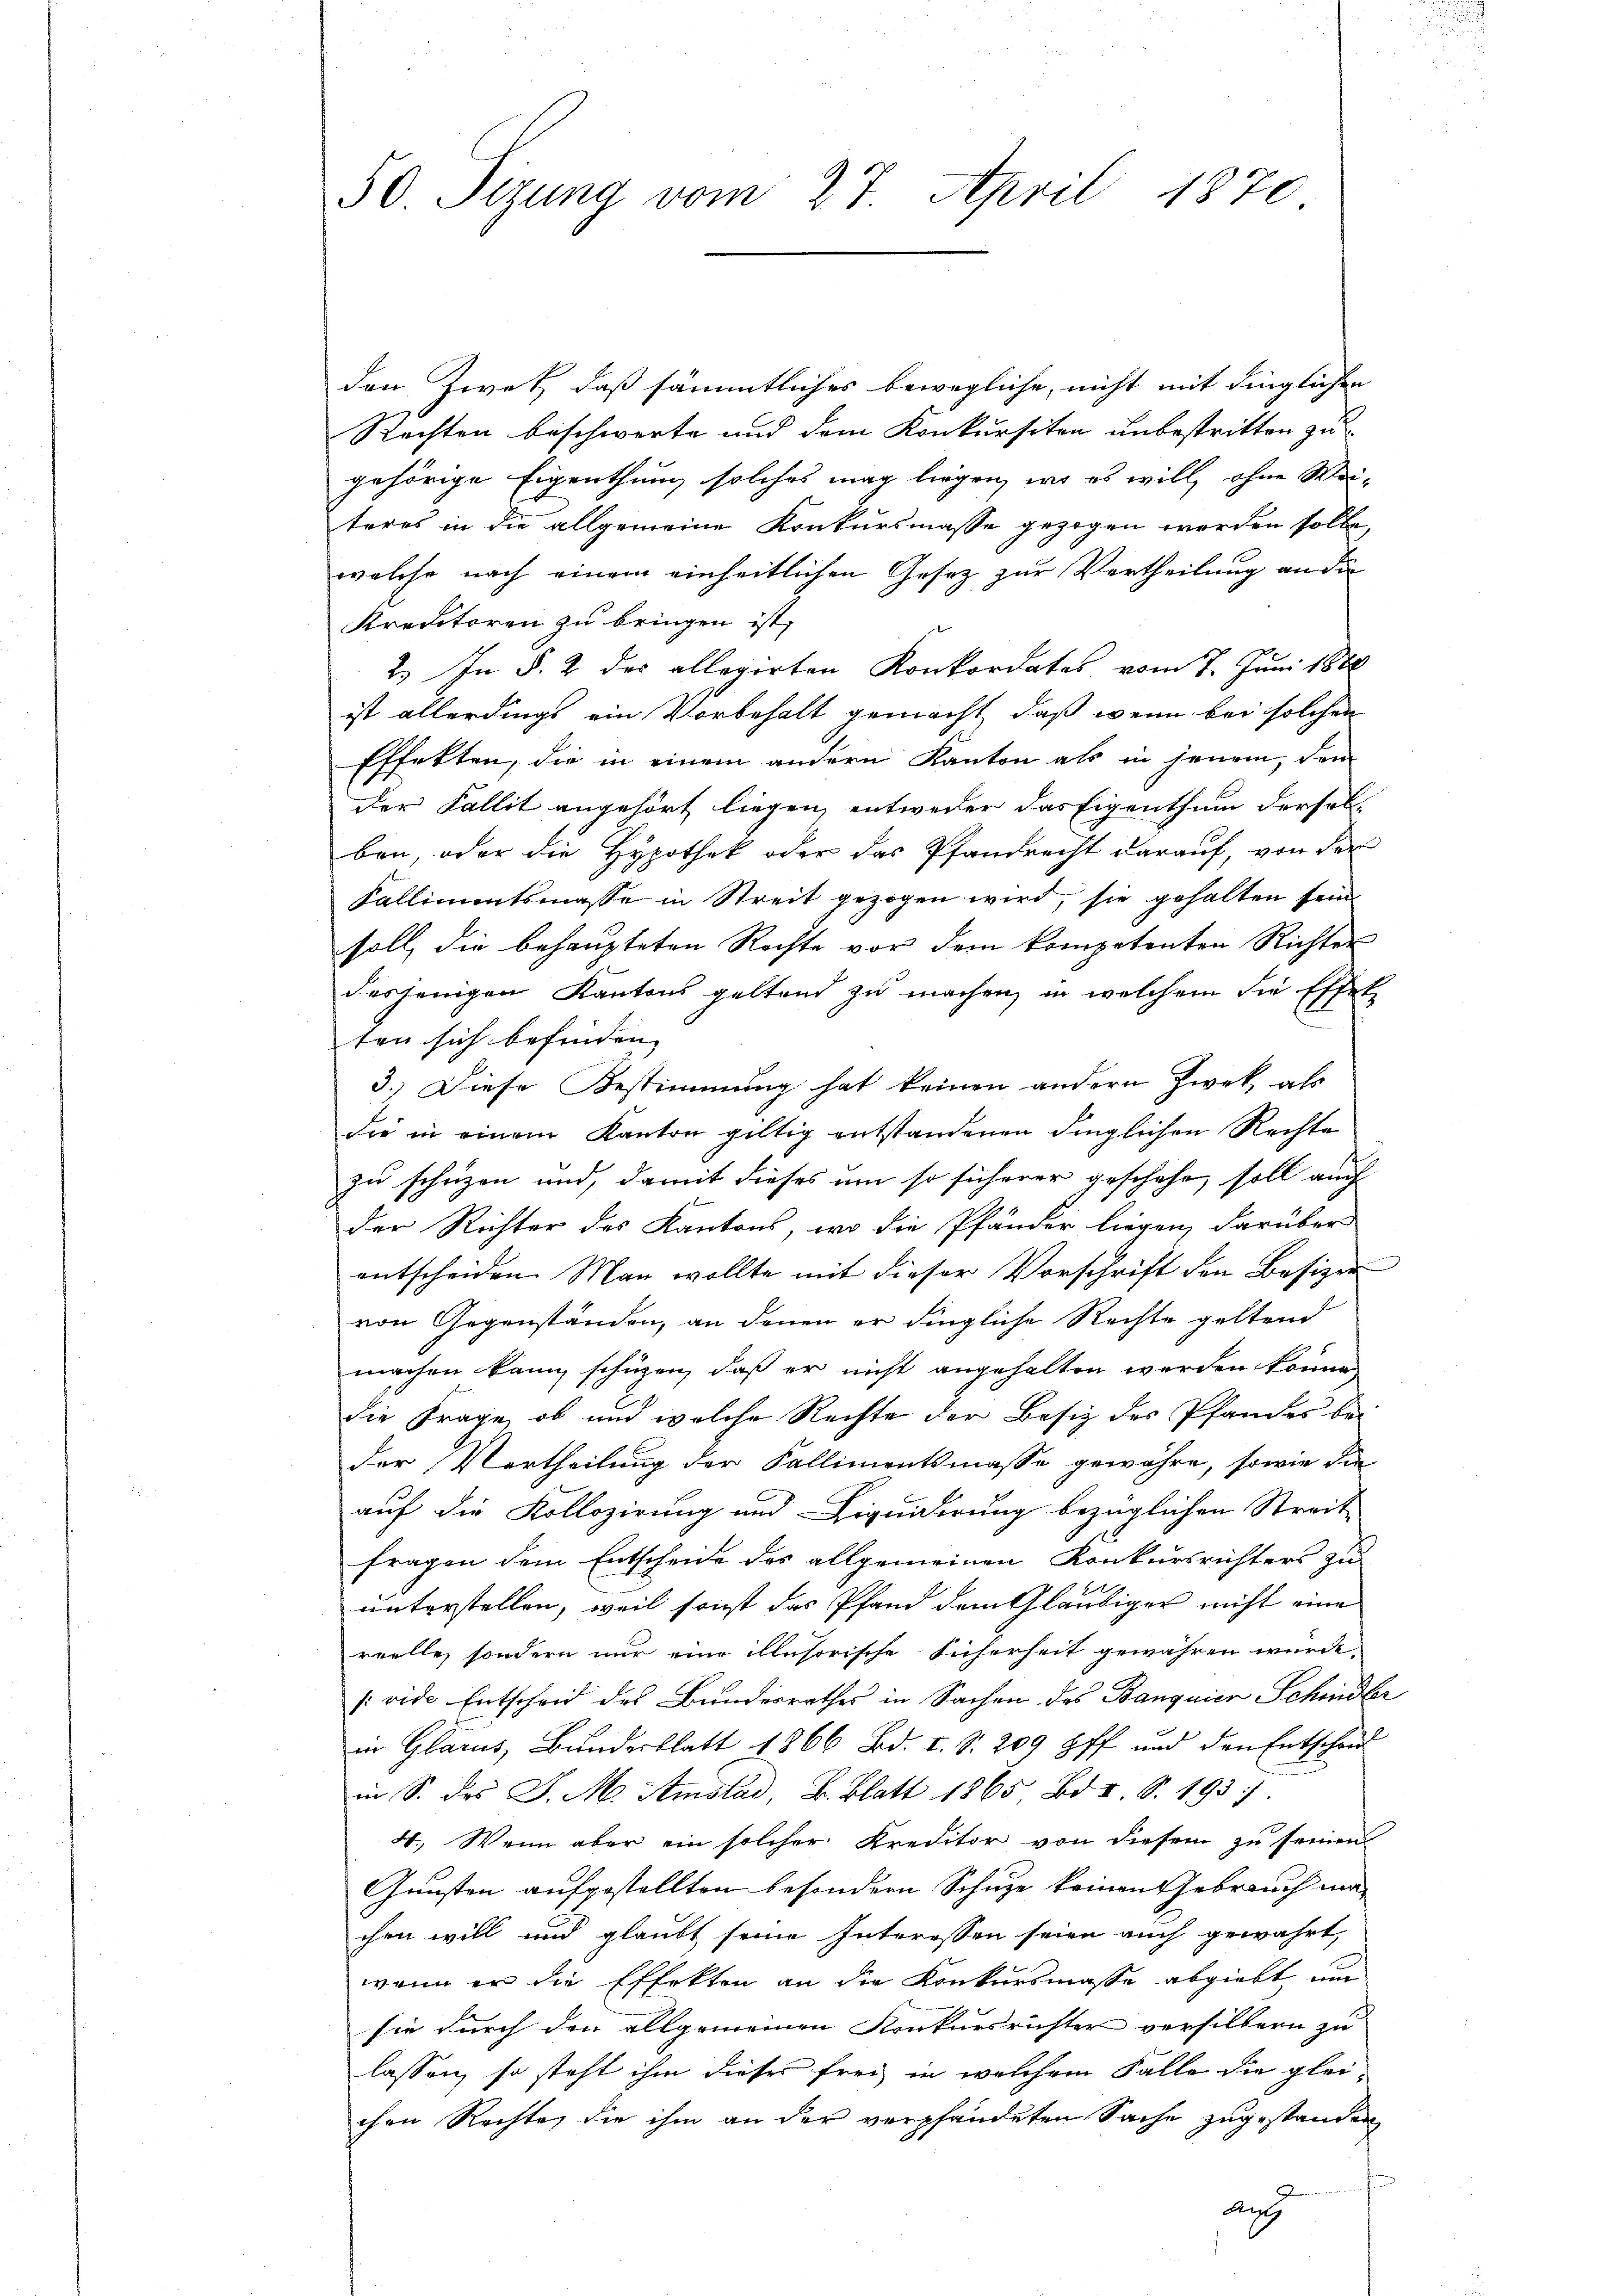
50 Sizung vom 27. April 1870

den Zwet, daß sämmtliches bewegliche, nicht mit dinglichen
Rechten beschwerte und dem Konkursiten unbestritten zu
gehörige Eigenthung solches mag liegen, wo es will, ohne Weiteres in die allgemeine Konkursmasse gezogen werden solle,
welche nach einem einheitlichen Gesetz zur Vertheilung an die
Kreditoren zu bringen ist,
2) In §. 2 des allegirten Konkordates vom 7. Juni 1888
ist allerdings ein Vorbehalt gemacht, daß wenn bei solchen
Effekten, die in einem andern Kanton als in jenem, dem
der Fallit angehört liegen, entweder das Eigenthum derselben, oder die Hypothek oder das Pfandrecht darauf, von der
Kallimentsmasse in Streit gezogen wird, sie gehalten seine
soll, die behaupteten Rechte vor dem kompetenten Richter
desjenigen Kantons geltend zu machen, in welchem die Effet
ten sich befinden, |
3.) Diese Bestimmung hat keinen andern Zwek als
die in einem Kanton gültig entstandenen dinglichen Rechte
zu schrizen und, damit dieses um so sicherer geschehe, soll auch
der Richter des Kantons, wo die Pfänder liegen, darüber
entscheiden. Man wollte mit dieser Vorschrift den Besizer
von Gegenständen, an denen er dingliche Rechte geltend
machen kann, schüzen, daß er nicht angehalten werden könne.
die Frage, ob und welche Rechte der Besiz des Pfandes bei
der Vertheilung der Fallimentsmasse gewähre, sowie die
auf die Kollozirung und Liquidirung bezüglichen Streit-
fragen dem Entscheide des allgemeinen Konkursrichters zu
unterstellen, weil sonst das Pfand dem Gläubiger nicht eine
reelle, sondern nur eine illusorische Sicherheit gewähren wurde,
(vide Entscheid des Bundesrathes in Sachen des Banquier Schindler
in Glarus, Bundesblatt 1866 Bd. I S. 209 ff. und den Entscha
in S. des J. M. Amstad, B. Blatt 1865 Bd. I S. 193
4. Wenn aber ein solcher Kreditor von diesem zu seinen
Gunsten aufgestellten besondern Schuze keinen Gebrauch machen will und glaubt seine Interessen seien auch gewährt,
wenn er die Effekten an die Konkursmasse abgiebt un
sie durch den allgemeinen Konkursrichter versilbern zu
lassen, so steht ihm dieses frei in welchem Falle die glei
chen Rechte, die ihm an der verpfändeten Sache zugestanden
Aug

.